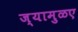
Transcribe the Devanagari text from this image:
ज्यामुळए